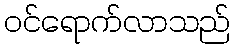
ဝင်ရောက်လာသည်